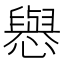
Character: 㦛